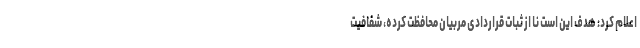
اعلام کرد: هدف این است نا از ثبات قراردادی مربیان محافظت کرده، شفافیت